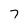
Character: 7